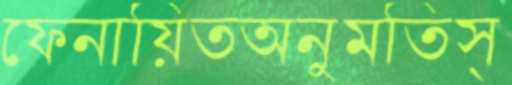
ফেনায়িতঅনুমতিস্